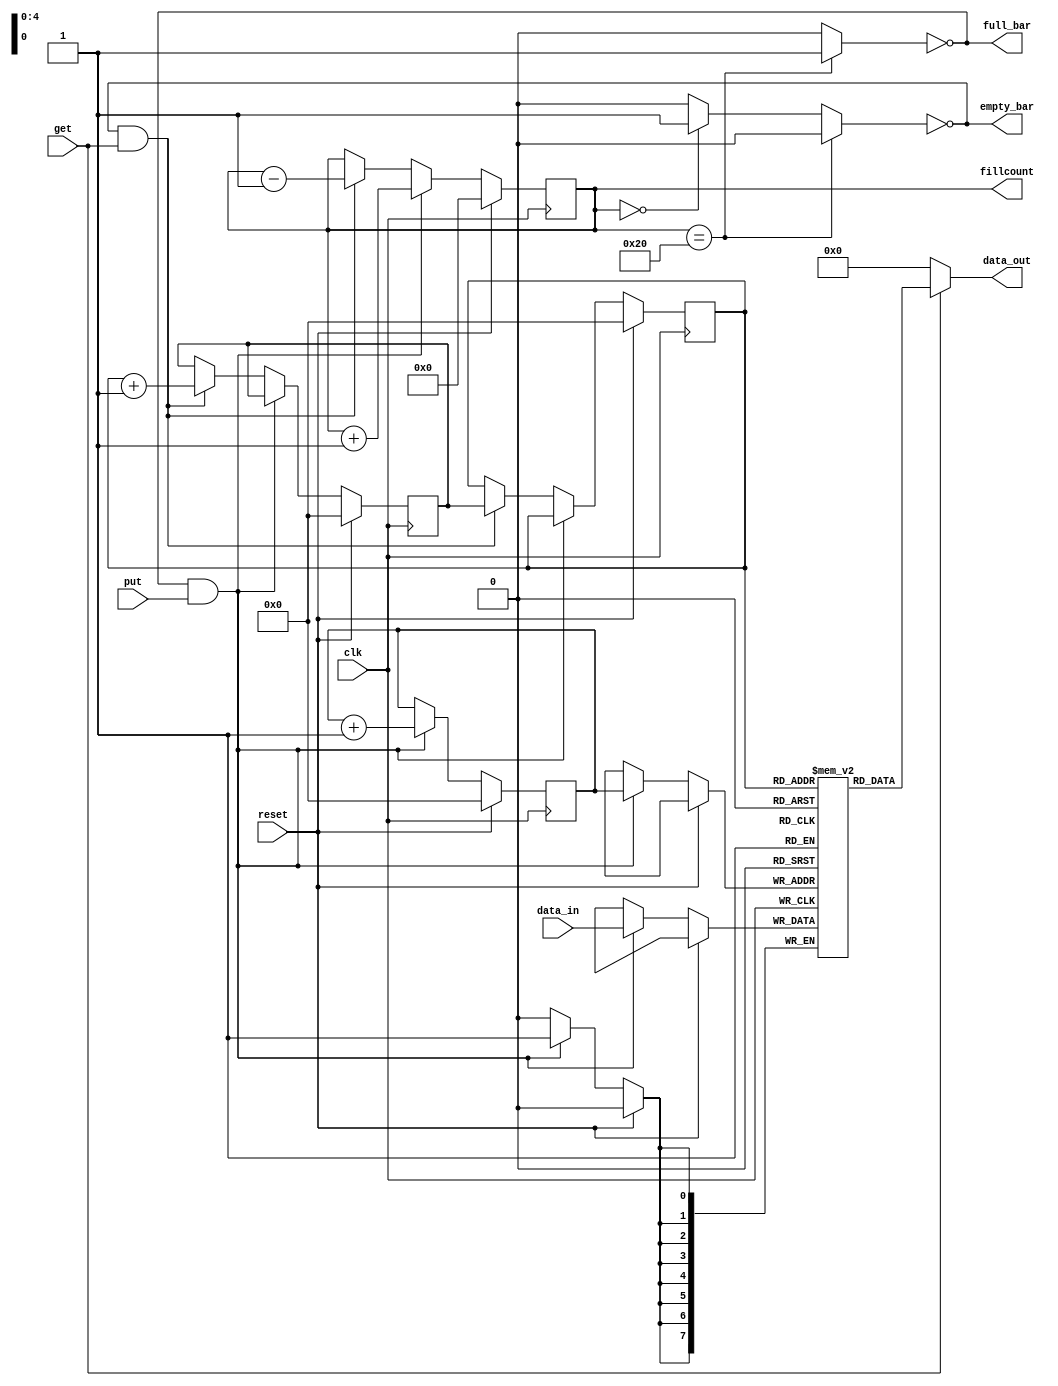
module FIFO (clk, reset, data_in, put, get, data_out, empty_bar, full_bar, fillcount);

parameter DEPTH_P2 = 5; 
parameter WIDTH = 8;

input [WIDTH-1:0] data_in;
input put, get;
input reset, clk;

output [WIDTH-1:0] data_out;
output empty_bar, full_bar;
output [DEPTH_P2:0] fillcount; //if it is full,we need onemore bit
wire [WIDTH-1:0] data_out;
wire empty_bar, full_bar;

reg [DEPTH_P2:0] fillcount; //if it is full,we need onemore bit
reg [DEPTH_P2-1:0] wr_ptr, rd_ptr;
reg [WIDTH-1:0] mem [2**DEPTH_P2-1:0];
reg full, empty;
wire wenq, renq;
reg [DEPTH_P2-1:0]temp;

always @(posedge clk) 
  begin
    if(reset)
	  begin
		wr_ptr <= 0;
		rd_ptr <= 0;
		fillcount <= 0; 
		temp <= 0;
	  end
	else if(wenq)
		begin
			mem[wr_ptr] <= data_in;
			wr_ptr <= wr_ptr + 1;
			fillcount <= fillcount + 1;
		end
	else if(renq)
		begin
			fillcount <= fillcount - 1;
			temp <= rd_ptr + 1;
			rd_ptr <= temp;
			
	end
  end

assign full_bar = ~full;
assign empty_bar = ~empty;
assign data_out = get?mem[rd_ptr]:0;
assign wenq = ~full & put;
assign renq= ~empty & get;
always@(*)
begin
	empty=0;
	full=0;
	if(fillcount == 6'b100000)
	begin
		full = 1;
		empty = 0;
	end
	else if(fillcount == 6'b000000)
	begin
		empty = 1;
		full =0;
	end
	
end	
endmodule